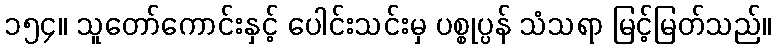
၁၅၄။ သူတော်ကောင်းနှင့် ပေါင်းသင်းမှ ပစ္စုပ္ပန် သံသရာ မြင့်မြတ်သည်။